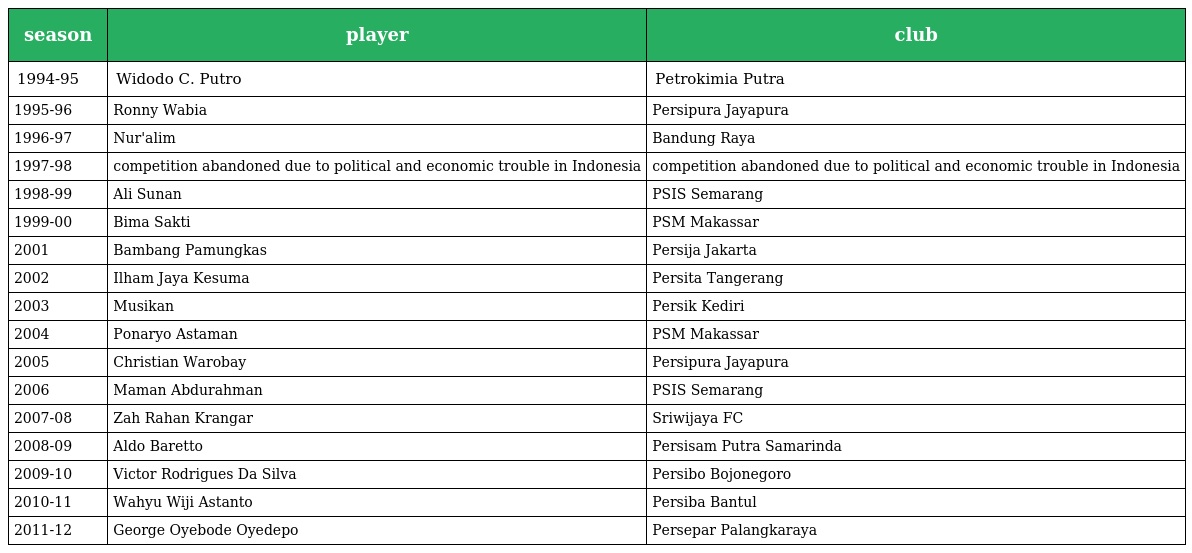
| season | player | club |
 | --- | --- | --- |
 | 1994-95 | Widodo C. Putro | Petrokimia Putra |
 | 1995-96 | Ronny Wabia | Persipura Jayapura |
 | 1996-97 | Nur'alim | Bandung Raya |
 | 1997-98 | competition abandoned due to political and economic trouble in Indonesia | competition abandoned due to political and economic trouble in Indonesia |
 | 1998-99 | Ali Sunan | PSIS Semarang |
 | 1999-00 | Bima Sakti | PSM Makassar |
 | 2001 | Bambang Pamungkas | Persija Jakarta |
 | 2002 | Ilham Jaya Kesuma | Persita Tangerang |
 | 2003 | Musikan | Persik Kediri |
 | 2004 | Ponaryo Astaman | PSM Makassar |
 | 2005 | Christian Warobay | Persipura Jayapura |
 | 2006 | Maman Abdurahman | PSIS Semarang |
 | 2007-08 | Zah Rahan Krangar | Sriwijaya FC |
 | 2008-09 | Aldo Baretto | Persisam Putra Samarinda |
 | 2009-10 | Victor Rodrigues Da Silva | Persibo Bojonegoro |
 | 2010-11 | Wahyu Wiji Astanto | Persiba Bantul |
 | 2011-12 | George Oyebode Oyedepo | Persepar Palangkaraya |